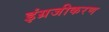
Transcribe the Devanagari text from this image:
इंग्रजीकरण